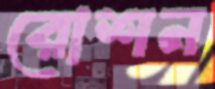
রোশন